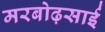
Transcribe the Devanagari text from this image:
मरबोढ़साई